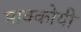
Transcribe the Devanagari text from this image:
माक्कोयी